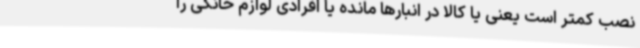
نصب کمتر است یعنی یا کالا در انبارها مانده یا افرادی لوازم خانگی را